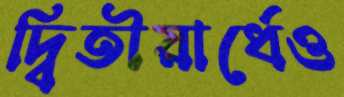
দ্বিতীয়ার্ধেও